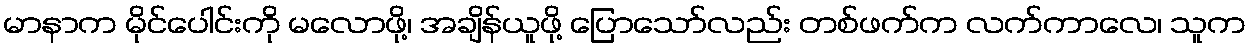
မာနာက မိုင်ပေါင်းကို မလောဖို့၊ အချိန်ယူဖို့ ပြောသော်လည်း တစ်ဖက်က လက်ကာလေ၊ သူက